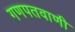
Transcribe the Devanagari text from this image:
गणपतवाणी